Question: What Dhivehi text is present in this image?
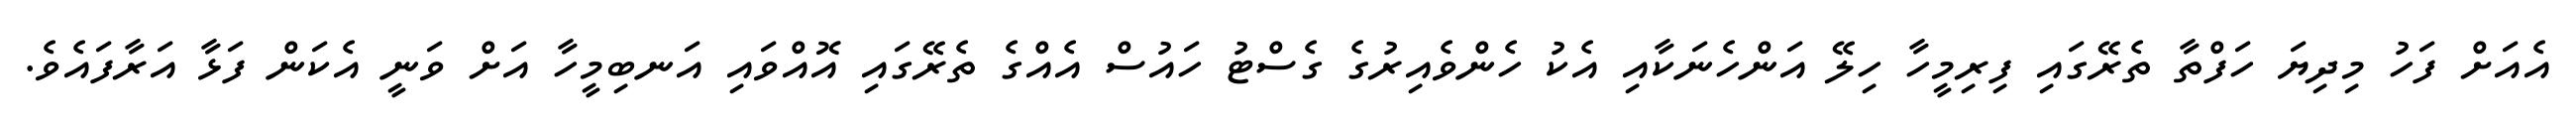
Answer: އެއަށް ފަހު މިދިޔަ ހަފްތާ ތެރޭގައި ފިރިމީހާ ހިލޭ އަންހެނަކާއި އެކު ހެންވެއިރުގެ ގެސްޓު ހައުސް އެއްގެ ތެރޭގައި އޮއްވައި އަނބިމީހާ އަށް ވަނީ އެކަން ފަޅާ އަރާފައެވެ.